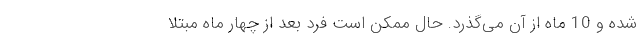
شده و 10 ماه از آن می‌گذرد. حال ممکن است فرد بعد از چهار ماه مبتلا